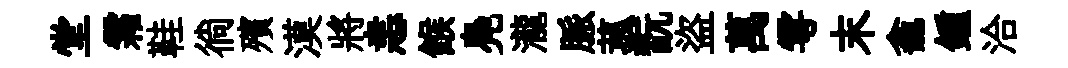
堂霜鞋徜殯漠將恚餱鳧瀧脈菰翫盜萬雩末龕鍾洽